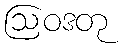
ဩဝဒတု